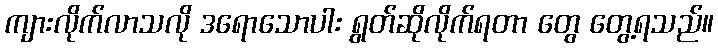
ကျားလိုက်လာသလို ဒရောသောပါး ရွတ်ဆိုလိုက်ရတာ တွေ တွေ့ရသည်။